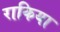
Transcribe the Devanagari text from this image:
राकिया